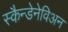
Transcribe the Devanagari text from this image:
स्कैन्डेनेविअन